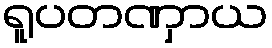
ရူပတဏှာယ